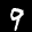
Label: 9